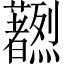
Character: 𫊔